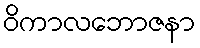
ဝိကာလဘောဇနာ